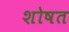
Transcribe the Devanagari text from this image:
शोषत